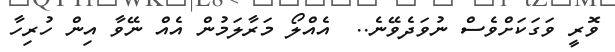
ވޮރީ ވަގަކަށްވެސް ނުވަދެވޭނެ..  އެއްލޯ މަރާލަމުން އެއް ނޭވާ އިން ހުރިހާ